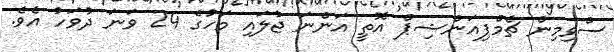
ސްވިމިން ޗެމްޕިއަންޝިޕް އޮތީ އަންނަ ޖުލައި މަހުގެ 24 ވަނަ ދުވަހު އެވެ.